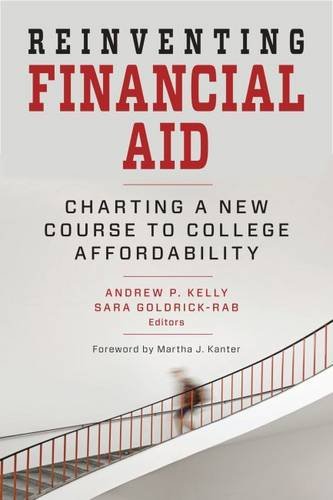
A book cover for Reinventing Financial Aid: Charting a New Course to College Affordability (Educational Innovations); Education & Teaching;